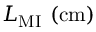
L _ { \mathrm { M I } } \ \mathrm { ( c m ) }